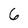
Character: 6